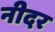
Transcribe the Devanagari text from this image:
नीदर